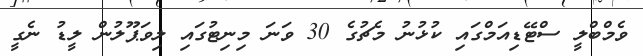
ވެމްބްލީ ސްޓޭޑިއަމްގައި ކުޅުނު މެޗުގެ 30 ވަނަ މިނިޓުގައި ލިވަޕޫލުން ލީޑު ނެގީ